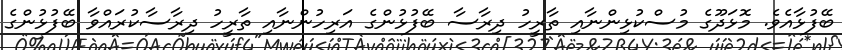
ބޭފުޅާއެވެ. މޮޅަދޫގެ މުސްކުޅިންނާއި ތާރީހު ދިރާސާ ބޭފުޅުންގެ އަރިހުންނާއި ތާރީހު ދިރާސާކުރައްވާ ބޭފުޅުންގެ